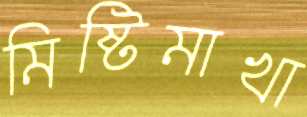
মিষ্টিমাখা